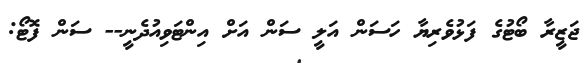
ޖަޒީރާ ބޯޓުގެ ފަޅުވެރިޔާ ހަސަން އަލީ ސަން އަށް އިންޓަވިއުދެނީ-- ސަން ފޮޓޯ: